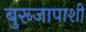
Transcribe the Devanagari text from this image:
बुरूजापाशी